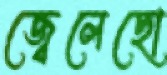
জ্বেলেছো